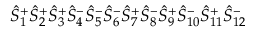
\hat { S } _ { 1 } ^ { + } \hat { S } _ { 2 } ^ { + } \hat { S } _ { 3 } ^ { + } \hat { S } _ { 4 } ^ { - } \hat { S } _ { 5 } ^ { - } \hat { S } _ { 6 } ^ { - } \hat { S } _ { 7 } ^ { + } \hat { S } _ { 8 } ^ { - } \hat { S } _ { 9 } ^ { + } \hat { S } _ { 1 0 } ^ { - } \hat { S } _ { 1 1 } ^ { + } \hat { S } _ { 1 2 } ^ { - }